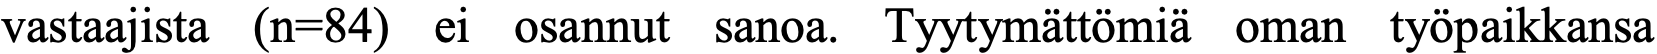
vastaajista (n=84) ei osannut sanoa. Tyytymättömiä oman työpaikkansa